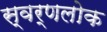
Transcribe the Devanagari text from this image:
स्वर्णलोक